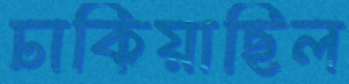
ঢাকিয়াছিল